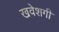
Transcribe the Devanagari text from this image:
खवेशगी